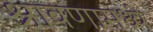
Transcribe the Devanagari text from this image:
श्रावणामध्ये